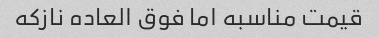
قیمت مناسبه اما فوق العاده نازکه